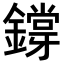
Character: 𨭃